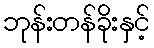
ဘုန်းတန်ခိုးနှင့်